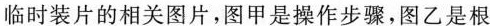
临时装片的相关图片，图甲是操作步骤，图乙是根